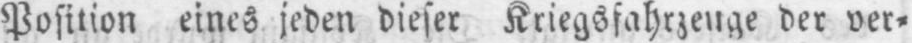
Position eines jeden dieser Kriegsfahrzeuge der ver⸗